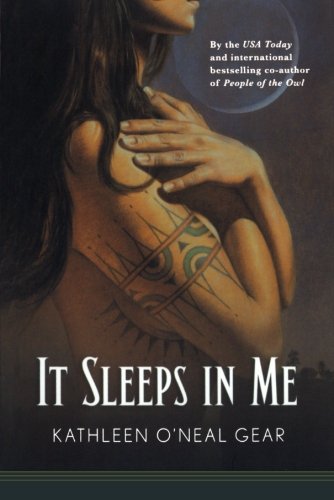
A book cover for It Sleeps in Me (In Me Series); Kathleen O'Neal Gear; Romance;